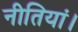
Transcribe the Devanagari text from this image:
नीतियां।